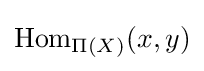
\operatorname {Hom} _{\Pi (X)}(x,y)